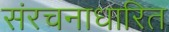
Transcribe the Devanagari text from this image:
संरचनाधारित